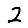
Digit: 2